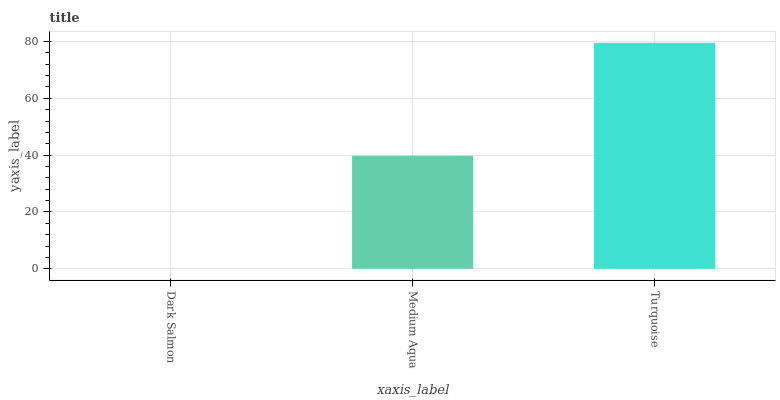
| xaxis_label | bars |
 | --- | --- |
 | Dark Salmon | 0 |
 | Medium Aqua | 39.8 |
 | Turquoise | 79.5 |